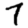
Digit: 7